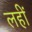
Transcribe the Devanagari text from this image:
लहीं